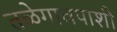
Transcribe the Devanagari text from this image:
तळेगावपाशी